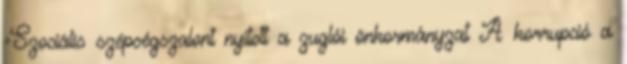
›Szociális szépségszalont nyitott a zuglói önkormányzat A korrupció a